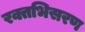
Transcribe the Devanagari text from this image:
रक्तभिसरण